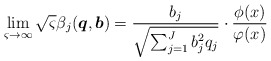
\begin{align*}\lim_{\varsigma \to \infty } \sqrt \varsigma \beta _j(\boldsymbol{q},\boldsymbol{b}) = \frac{{{b_j}}}{{\sqrt {\sum\nolimits_{j = 1}^J {b_j^2{q_j}} } }}\cdot \frac{{\phi (x)}}{{\varphi (x)}}\end{align*}